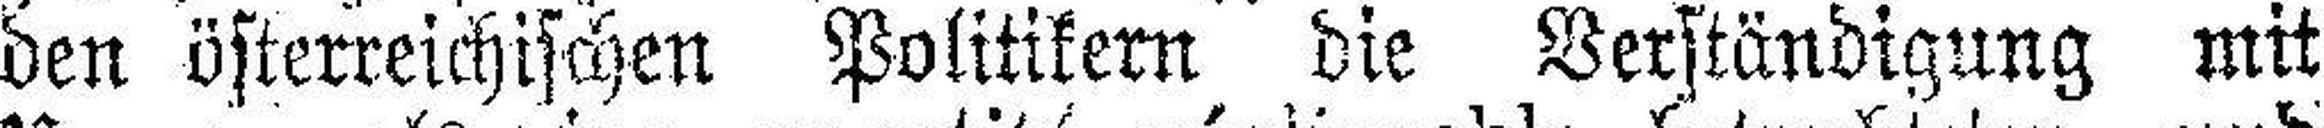
den österreichischen Politikern die Verständigung mit